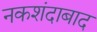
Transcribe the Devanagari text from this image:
नकशंदाबाद